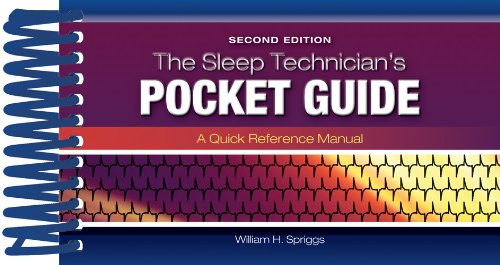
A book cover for The Sleep Technician's Pocket Guide; William H. Spriggs; Medical Books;